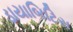
ડાયાબિટિસ